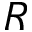
R